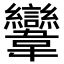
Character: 𩏹